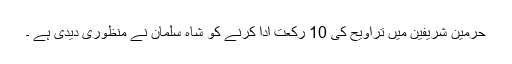
حرمین شریفین میں تراویح کی 10 رکعت ادا کرنے کو شاہ سلمان نے منظوری دیدی ہے ۔